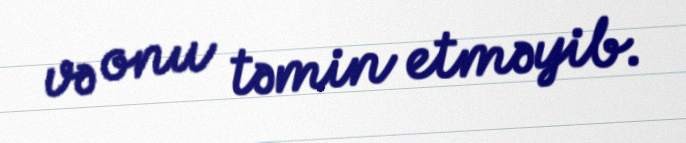
və onu təmin etməyib.